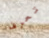
تعرف